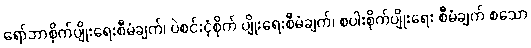
ရော်ဘာစိုက်ပျိုးရေးစီမံချက်၊ ပဲစင်းငုံစိုက် ပျိုးရေးစီမံချက်၊ စပါးစိုက်ပျိုးရေး စီမံချက် စသော